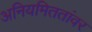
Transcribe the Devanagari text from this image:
अनियमिततांवर